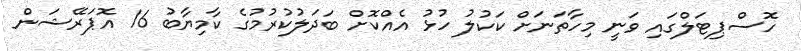
ހޮސްޕިޓަލްގައި ވަނީ މިހާތަނަށް ކަކުލު ހުޅު އެއްކޮށް ބަދަލުކުރުމުގެ ކާމިޔާބު 16 އޮޕަރޭޝަން